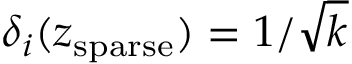
\delta _ { i } ( z _ { \mathrm { s p a r s e } } ) = { 1 } / { \sqrt { k } }